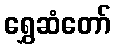
ရွှေဆံတော်